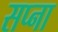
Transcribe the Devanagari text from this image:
सप्ना